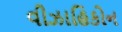
વીઝાહિકોન